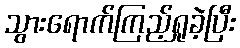
သွားရောက်ကြည့်ရှုခဲ့ပြီး